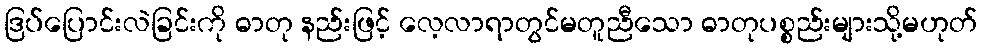
ဒြပ်ပြောင်းလဲခြင်းကို ဓာတု နည်းဖြင့် လေ့လာရာတွင်မတူညီသော ဓာတုပစ္စည်းများသို့မဟုတ်